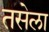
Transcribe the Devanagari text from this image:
तसेला